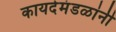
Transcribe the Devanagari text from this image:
कायदेमंडळांनी